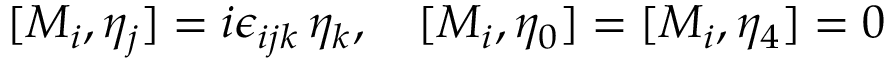
[ M _ { i } , \eta _ { j } ] = i \epsilon _ { i j k } \, \eta _ { k } , \quad [ M _ { i } , \eta _ { 0 } ] = [ M _ { i } , \eta _ { 4 } ] = 0